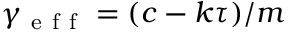
\gamma _ { \mathrm { ~ e ~ f ~ f ~ } } = ( c - k \tau ) / m